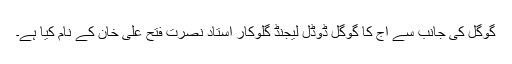
گوگل کی جانب سے آج کا گوگل ڈوڈل لیجنڈ گلوکار استاد نصرت فتح علی خان کے نام کیا ہے۔